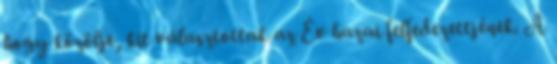
hogy közölje, kit választottak az Év hazai felfedezettjének. A